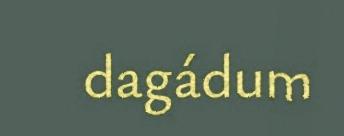
dagádum